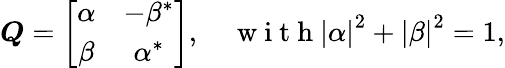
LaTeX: \begin{array}{r}{\boldsymbol{Q}=\left[\begin{array}{cc}{\alpha}&{-\beta^{*}}\\ {\beta}&{\alpha^{*}}\end{array}\right],\quad\mathrm{~w~i~t~h~}\left|\alpha\right|^{2}+\left|\beta\right|^{2}=1,}\end{array}